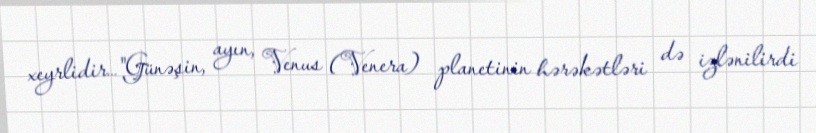
xeyrlidir…"Günəşin, ayın, Venus (Venera) planetinin hərəkətləri də izlənilirdi